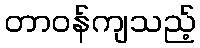
တာဝန်ကျသည့်